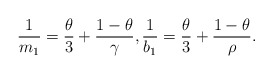
\begin{align*}\frac{1}{m_1}=\frac{\theta}{3}+\frac{1-\theta}{\gamma}, \frac{1}{b_1}=\frac{\theta}{3}+\frac{1-\theta}{\rho}. \end{align*}